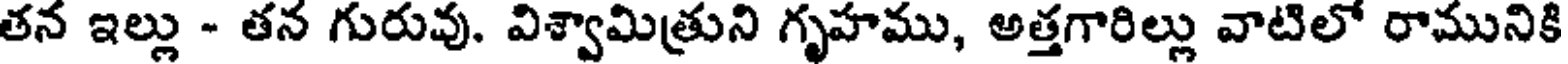
తన ఇల్లు - తన గురువు. విశ్వామిత్రుని గృహము, అత్తగారిల్లు వాటిలో రామునికి